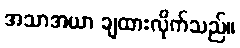
အသာအယာ ချထားလိုက်သည်။